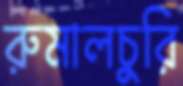
রুমালচুরি